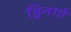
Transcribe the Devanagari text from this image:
ड्रिनगो